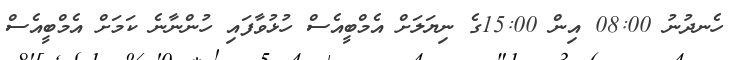
ހެނދުނު 08:00 އިން 15:00ގެ ނިޔަލަށް އެމްބީއެސް ހުޅުވާފައި ހުންނާނެ ކަމަށް އެމްބީއެސް